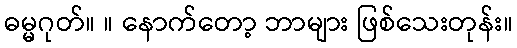
ဓမ္မဂုတ်။ ။ နောက်တော့ ဘာများ ဖြစ်သေးတုန်း။